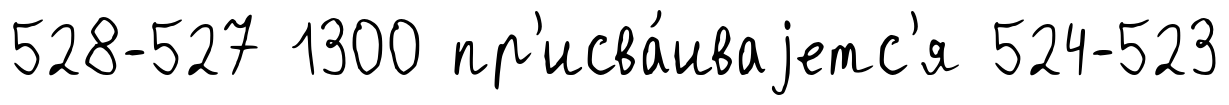
528-527 1300 пр'исва́иваjетс'я 524-523